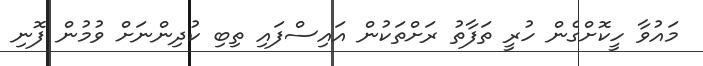
މައުވާ ހީކޮށްގެން ހުރީ ތަފާތު ރަށްތަކުން އައިސްފައި ތިބި ކުދިންނަށް ވުމުން ފޮނި